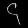
Digit: ၄